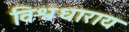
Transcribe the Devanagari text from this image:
विश्वधाराय